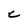
Character: C